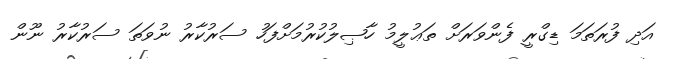
އަދި ފުރަތަމަ ޑިގްރީ ފެންވަރަށް ތަޢުލީމު ހާޞިލުކުރުމަށްފަހު ސަރުކާރު ނުވަތަ ސަރުކާރު ނޫން